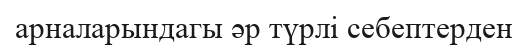
арналарындагы әр түрлі себептерден